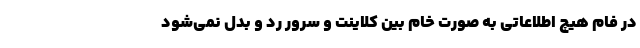
در فام هیچ اطلاعاتی به صورت خام بین کلاینت و سرور رد و بدل نمی‌شود